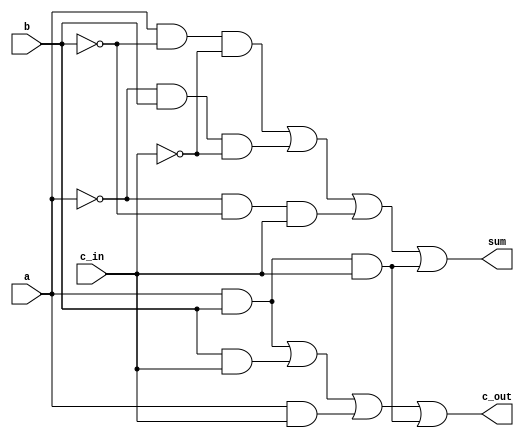
module FA_str(c_out, sum, a, b, c_in);

//parameter D = 0;		

input		a, b, c_in; //declare inputs a, b and c_in, 1 bit each
output	c_out, sum; //declare outputs c_out and sum, 1 bit each
//declare wires for values being passed between different gates
wire		not_a, not_b, not_c;
wire		and1_out, and2_out, and3_out, and4_out;
wire		and5_out, and6_out, and7_out, and8_out;

not	   not1		(not_a, a);
not	   not2		(not_b, b);
not		not3		(not_c, c_in);

// get sum
and			and1		(and1_out, a, not_b, not_c);
and			and2		(and2_out, not_a, b, not_c);
and			and3		(and3_out, not_a, not_b, c_in);
and			and4		(and4_out, a, b, c_in);
or				or1		(sum, and1_out, and2_out, and3_out, and4_out);

// get c_out							
and			and5		(and5_out, a, b);
and			and6		(and6_out, b, c_in);
and			and7		(and7_out, a, c_in);
and			and8		(and8_out, a, b, c_in);
or				or2		(c_out, and5_out, and6_out, and7_out, and8_out);


endmodule